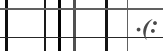
.(: